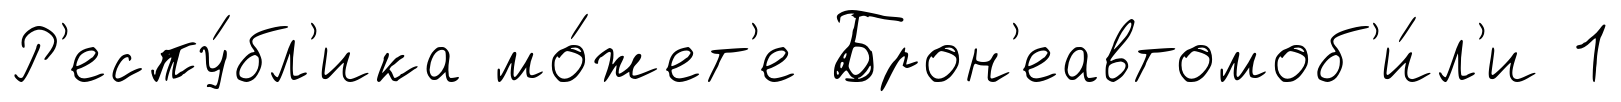
Р'еспу́бл'ика мо́жет'е Брон'еавтомоб'и́л'и 1